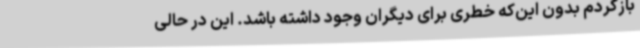
بازگردم بدون این‌که خطری برای دیگران وجود داشته باشد. این در حالی